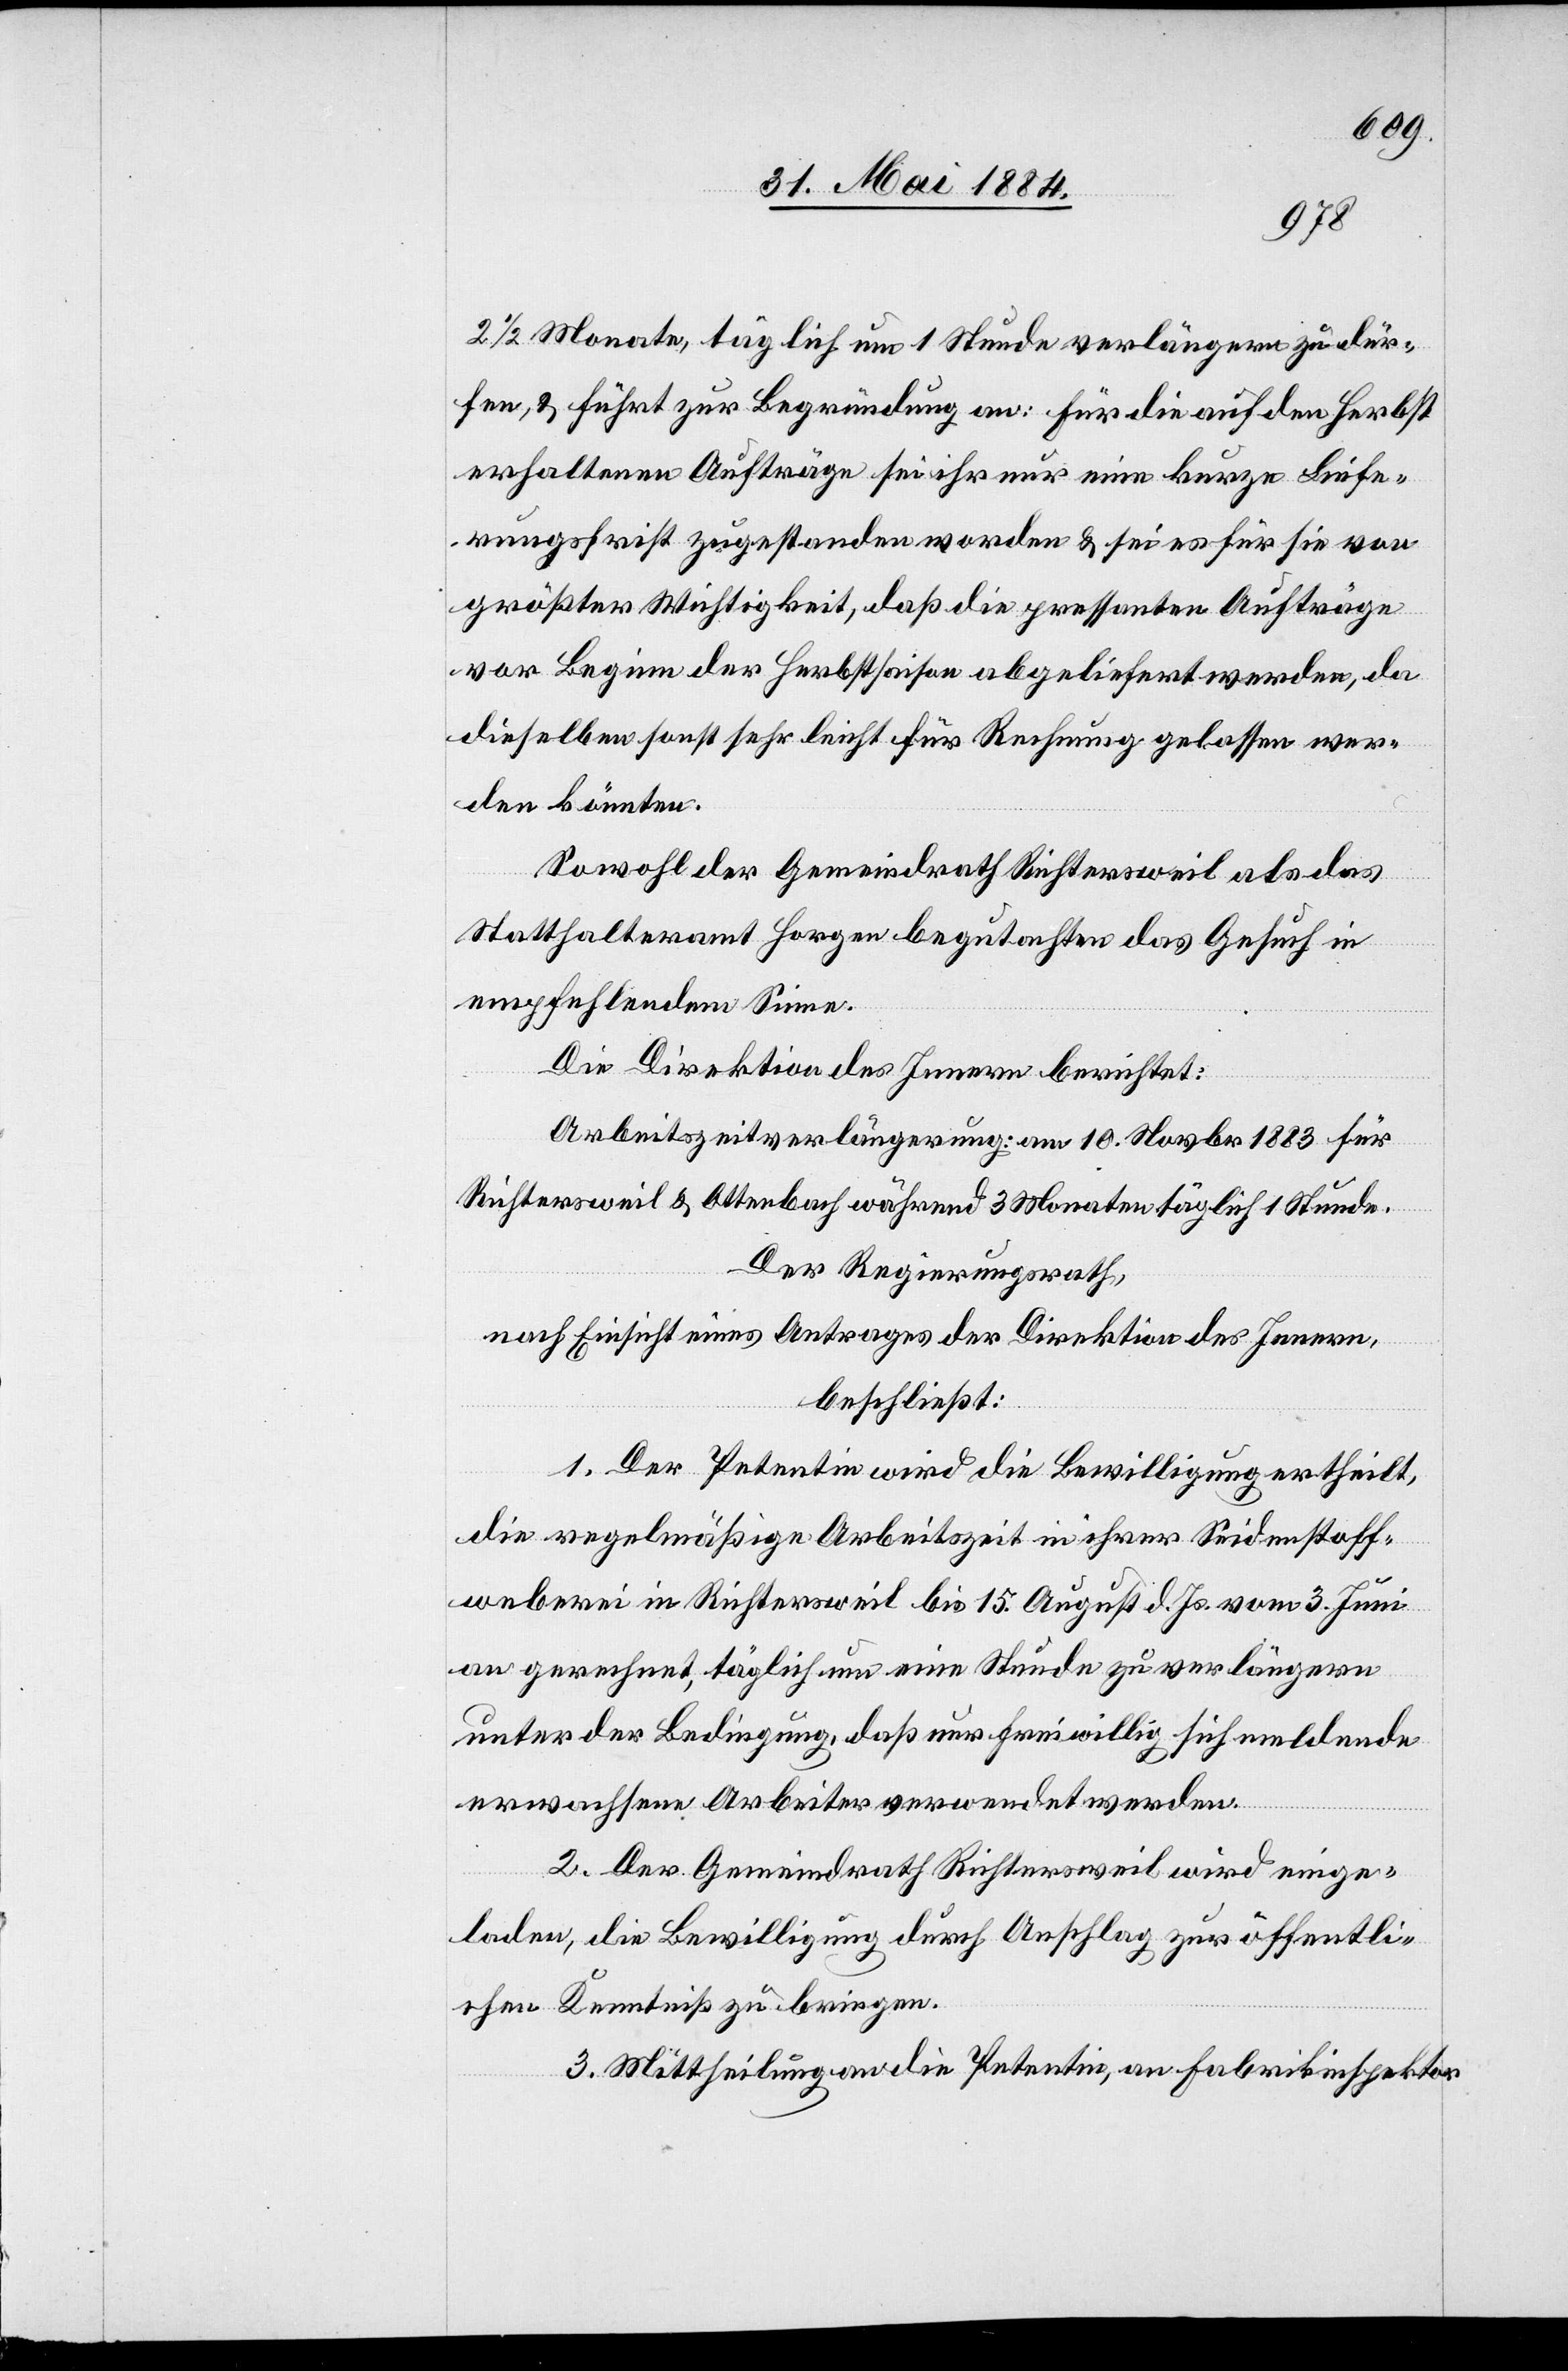
2 ½ Monate, täglich um 1 Stunde verlängern zu dür¬
fen, & führt zur Begründung an: Für die auf den Herbst
erhaltenen Aufträge sei ihr nur eine kurze Liefe¬
rungsfrist zugestanden worden & sei es für sie von
großer Wichtigkeit, daß die pressanten Aufträge
von Beginn der Herbstsaison abgeliefert werden, da
dieselben sonst sehr leicht für Rechnung gelassen wer¬
den könnten.
Sowohl der Gemeindrath Richtersweil als das
Statthalteramt Horgen begutachten das Gesuch in
empfehlendem Sinne.
Die Direktion des Innern berichtet:
Arbeitszeitverlängerung: am 10. November 1883 für
Richtersweil & Ottenbach während 3 Monaten täglich 1 Stunde.
Der Regierungsrath,
nach Einsicht eines Antrages der Direktion des Innern,
beschließt:
1. Der Petentin wird die Bewilligung ertheilt,
die regelmäßige Arbeitszeit in ihrer Seidenstoff¬
weberei in Richtersweil bis 15. August d. Js. vom 3. Juni
an gerechnet, täglich um eine Stunde zu verlängern
unter der Bedingung, daß nur freiwillig sich meldende
erwachsene Arbeiter verwendet werden.
2. Der Gemeindrath Richtersweil wird einge¬
laden, die Bewilligung durch Anschlag zur öffentli¬
chen Kenntniß zu bringen.
3. Mittheilung an die Petentin, an Fabrikinspektor